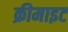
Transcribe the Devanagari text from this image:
क्रीमाइट